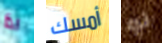
اذا أمسك لو